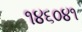
૧૪૬૦૪૧